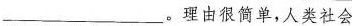
___。理由很简单，人类社会